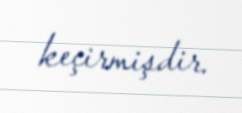
keçirmişdir.